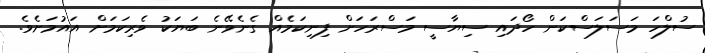
ސުލްހަ މަސަލަސްކަން ހޯދައި ސިޔާސީ މަސްރަހަށް ފިނިކަމެއް ގެނެވޭނެ ބަޔަކު ވެރިކަމަށް އައުމަށެވެ.